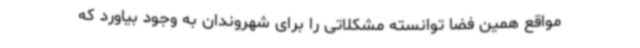
مواقع همین فضا توانسته مشکلاتی را برای شهروندان به وجود بیاورد که